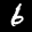
Label: 6